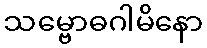
သမ္ဗောဓဂါမိနော